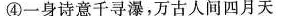
④一身诗意千寻瀑，万古人间四月天